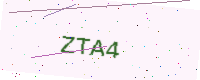
Text: ZTA4